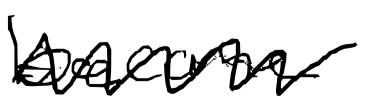
Text: become
Cross-out: zig-zag
Writing tool: digital_black